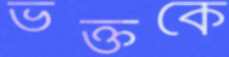
ভক্তকে